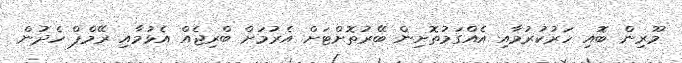
މޫރިން ބޮއި ހަރުކުރުމާއި އެއްގަމުތޮށިން ބޭރުތޮށްޓަށް އެރުމަށް ބްރިޖެއް އެޅުމާއި ރޭމްޕް ހެދުން